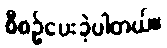
စီစဉ်ပေးခဲ့ပါတယ်။